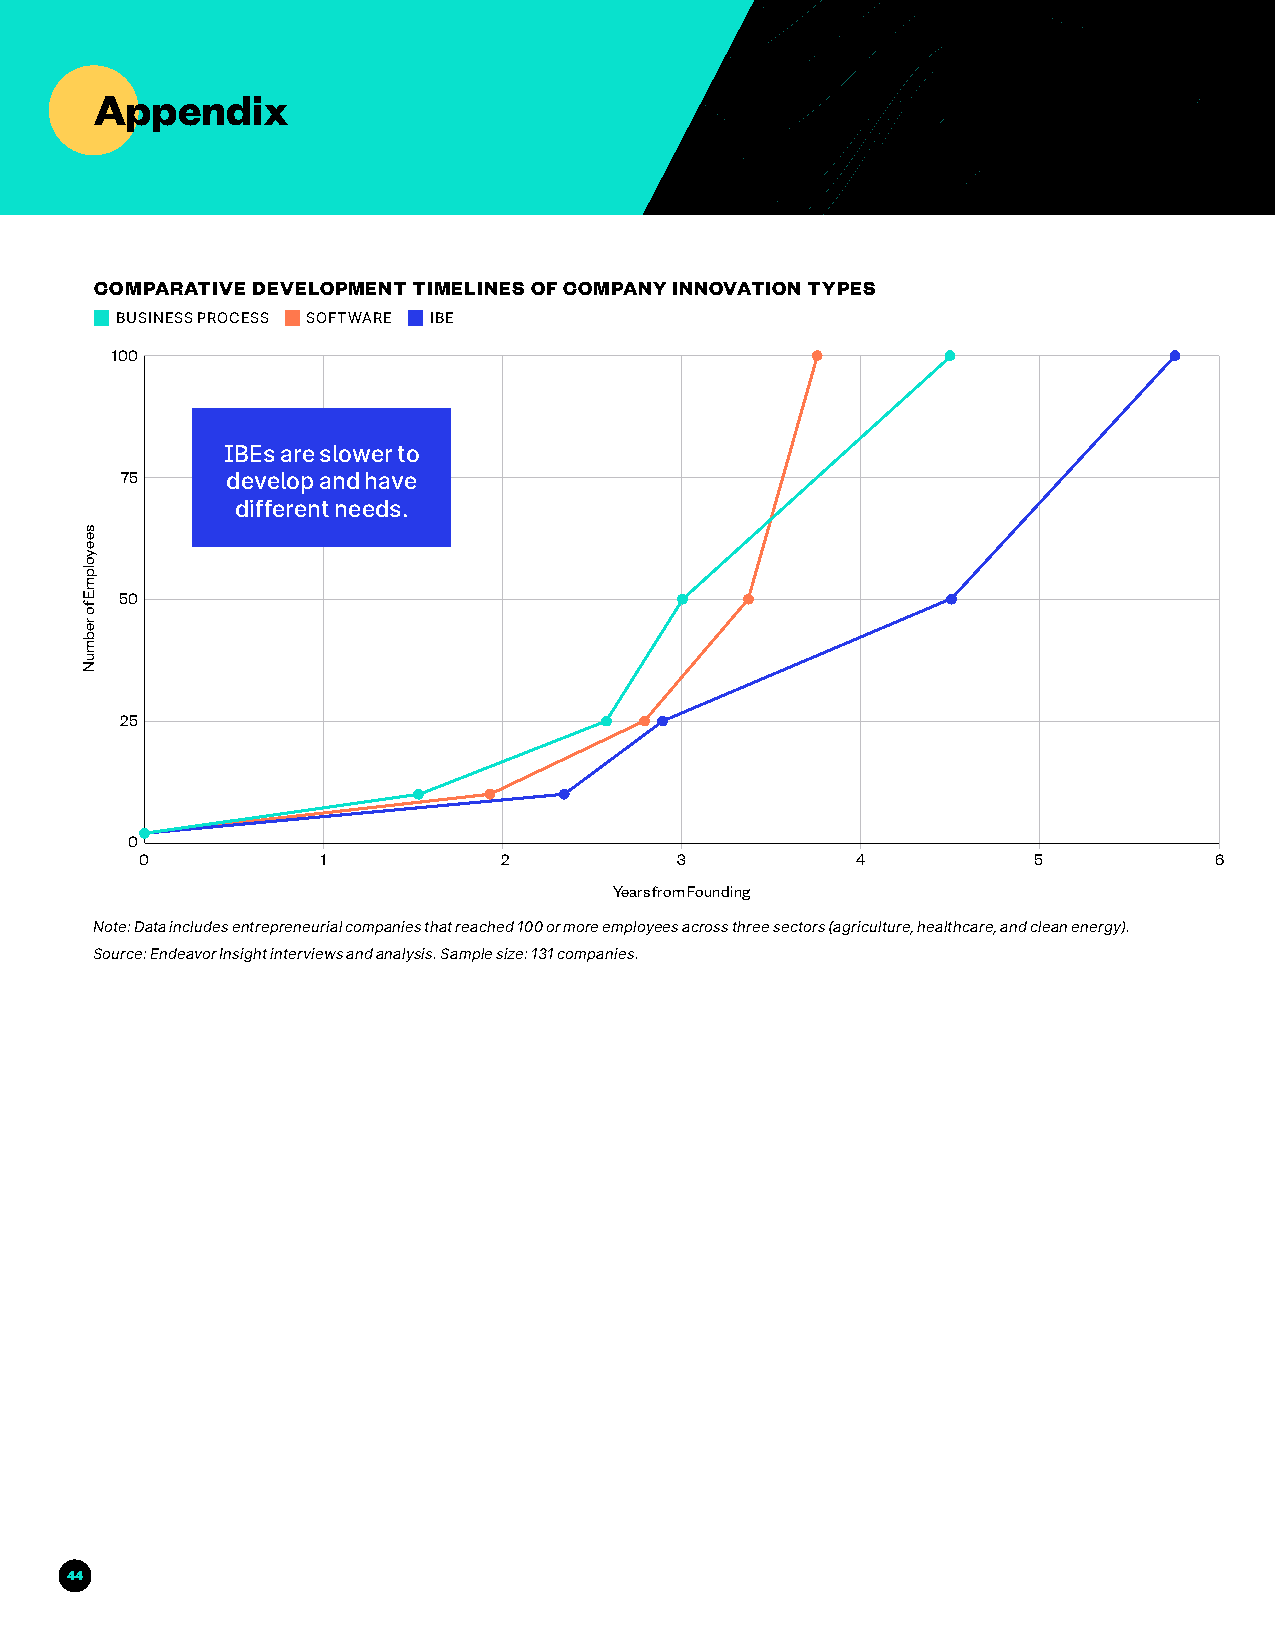
Appendix
 COMPARATIVE DEVELOPMENT TIMELINES OF COMPANY INNOVATION TYPES
 BUSINESS PROCESS SOFTWARE IBE
 100
 IBEs are slower to
 75     develop and have
 different needs.
 50
 25
 0
 0           1           2           3           4          5           6
 Years from Founding
 Note: Data includes entrepreneurial companies that reached 100 or more employees across three sectors (agriculture, healthcare, and clean energy).
 Source: Endeavor Insight interviews and analysis. Sample size: 131 companies.
 44
 seeyolpmE
 fo
 rebmuN